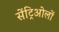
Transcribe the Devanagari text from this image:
सेंट्रिओलों